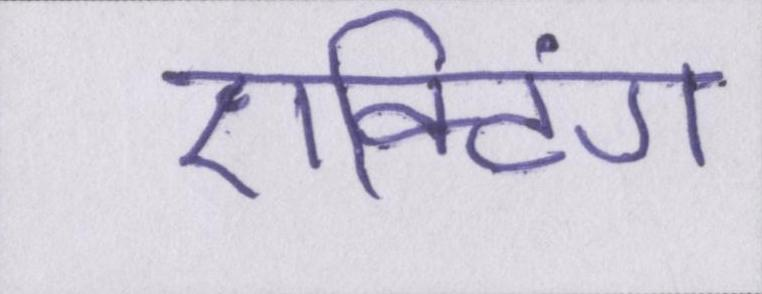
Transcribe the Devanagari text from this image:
एक्टिंग